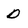
Character: D